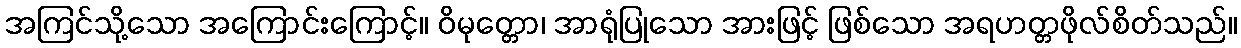
အကြင်သို့သော အကြောင်းကြောင့်။ ဝိမုတ္တော၊ အာရုံပြုသော အားဖြင့် ဖြစ်သော အရဟတ္တဖိုလ်စိတ်သည်။